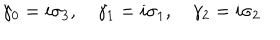
\gamma _ { 0 } = i \sigma _ { 3 } , \quad \gamma _ { 1 } = i \sigma _ { 1 } , \quad \gamma _ { 2 } = i \sigma _ { 2 }